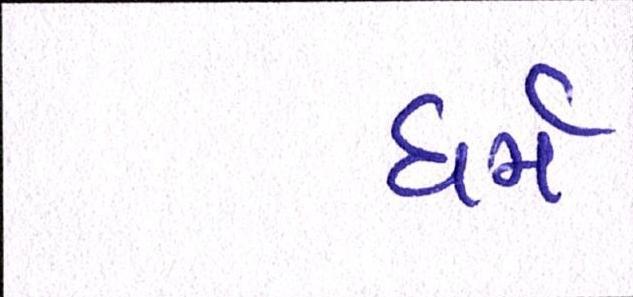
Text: ધર્મ